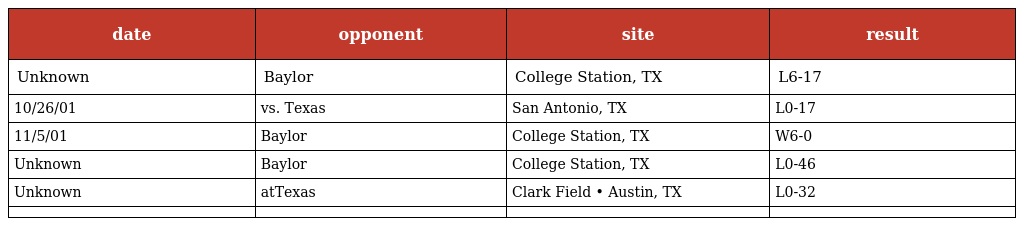
| date | opponent | site | result |
 | --- | --- | --- | --- |
 | Unknown | Baylor | College Station, TX | L6-17 |
 | 10/26/01 | vs. Texas | San Antonio, TX | L0-17 |
 | 11/5/01 | Baylor | College Station, TX | W6-0 |
 | Unknown | Baylor | College Station, TX | L0-46 |
 | Unknown | atTexas | Clark Field • Austin, TX | L0-32 |
 |  |  |  |  |